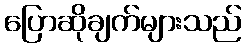
ပြောဆိုချက်များသည်